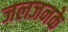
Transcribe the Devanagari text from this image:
जलजनके